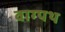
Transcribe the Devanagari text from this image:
वाग्पथ